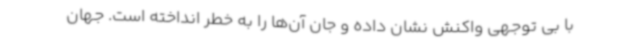
با بی توجهی واکنش نشان داده و جان آن‌ها را به خطر انداخته است. جهان